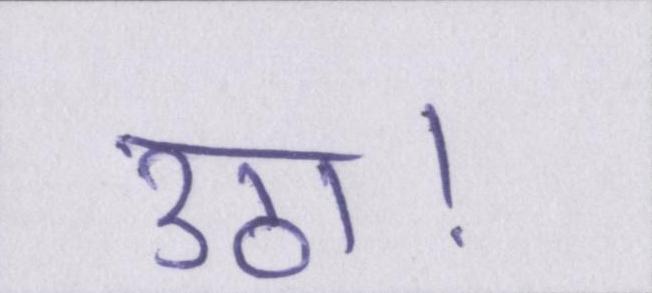
उठा।